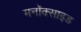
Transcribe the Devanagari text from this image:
मनॉक्साइड